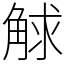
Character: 觩